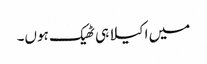
میں اکیلا ہی ٹھیک ہوں۔